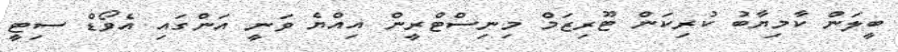
ބީލަން ކާމިޔާބު ކުރިކަން ޓޫރިޒަމް މިނިސްޓްރީން އިއްޔެ ވަނީ އަންގައި އެވޯޑް ސިޓީ